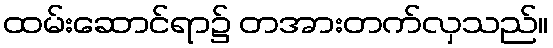
ထမ်းဆောင်ရာ၌ တအားတက်လှသည်။